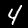
Label: 4